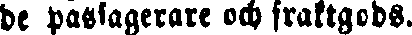
be passagerare och fraktgods.